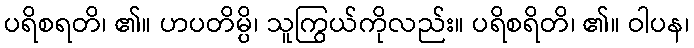
ပရိစရတိ၊ ၏။ ဟပတိမ္ပိ၊ သူကြွယ်ကိုလည်း။ ပရိစရိတိ၊ ၏။ ဝါပန၊